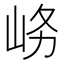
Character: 𱛚